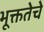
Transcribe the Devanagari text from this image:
भूक्ततेचे